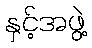
နှင့်အဖွဲ့